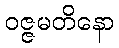
ဝဇ္ဇမတိနော